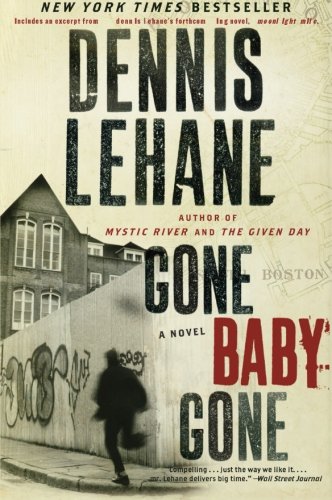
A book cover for Gone, Baby, Gone: A Novel (Patrick Kenzie and Angela Gennaro Series); Dennis Lehane; Mystery, Thriller & Suspense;